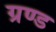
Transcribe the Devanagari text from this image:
ग्रण्ड